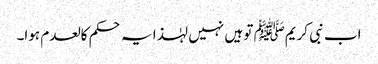
اب نبی کریمﷺ تو ہیں نہیں لہٰذا یہ حکم کالعدم ہوا۔